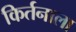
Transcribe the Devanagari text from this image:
किर्तनाला